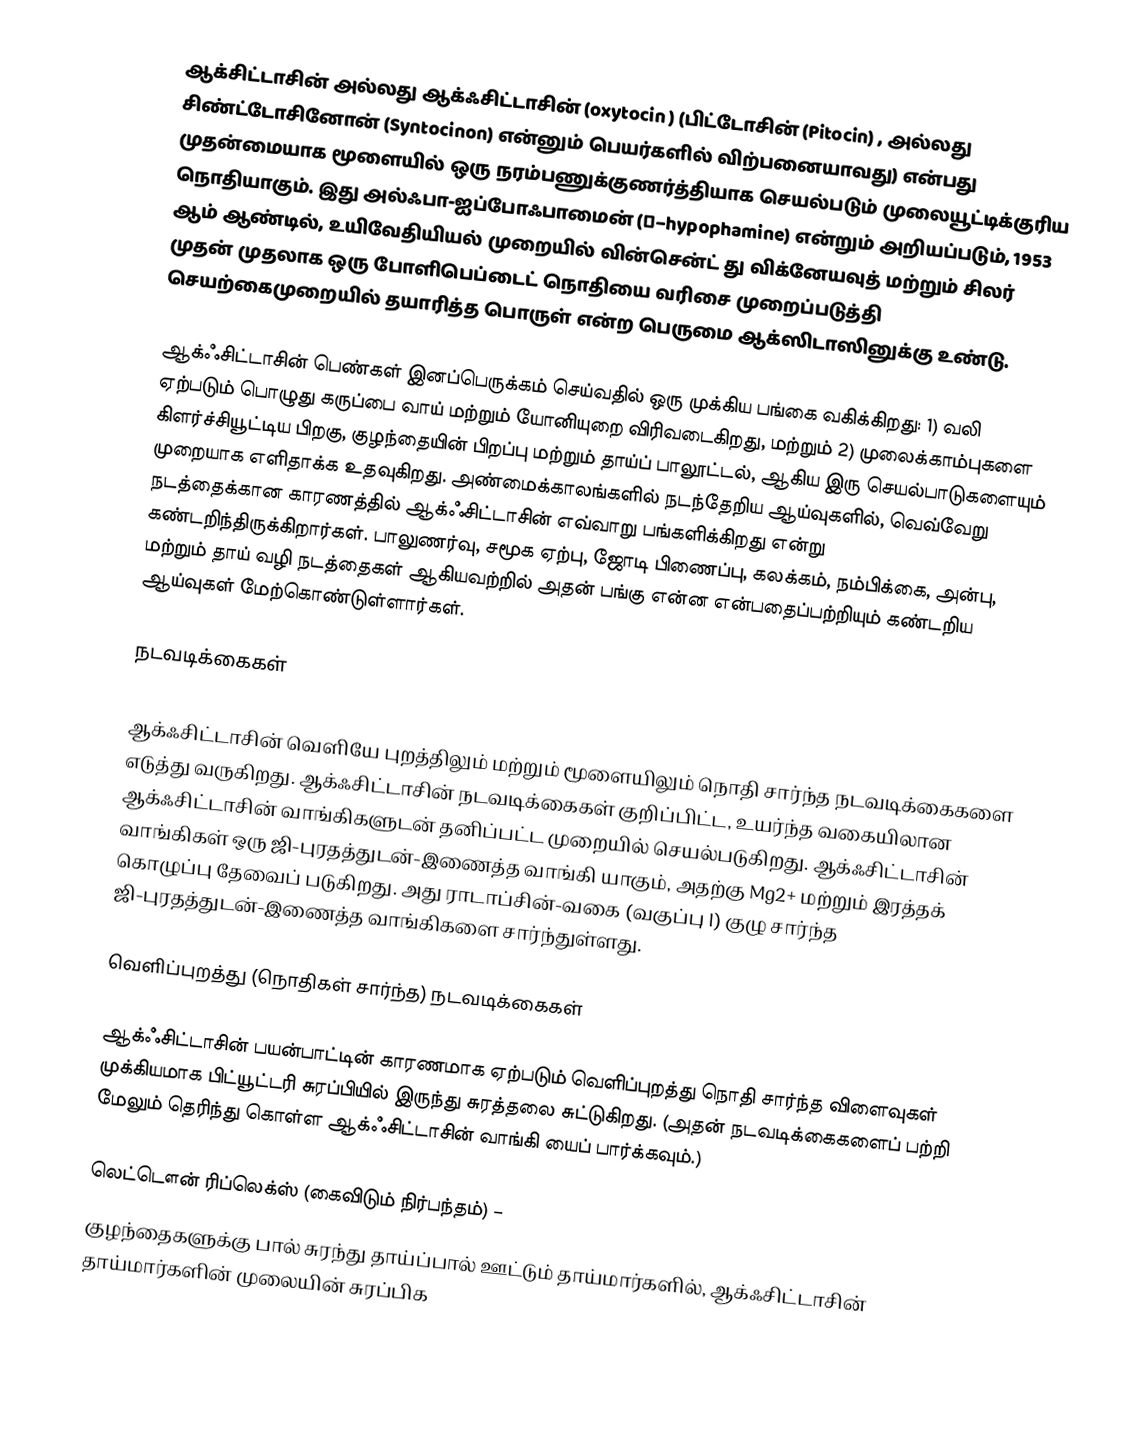
ஆக்சிட்டாசின்  அல்லது ஆக்ஃசிட்டாசின் (oxytocin ) (பிட்டோசின் (Pitocin) , அல்லது சிண்ட்டோசினோன் (Syntocinon)  என்னும் பெயர்களில் விற்பனையாவது) என்பது முதன்மையாக மூளையில் ஒரு நரம்பணுக்குணர்த்தியாக செயல்படும் முலையூட்டிக்குரிய நொதியாகும். இது அல்ஃபா-ஐப்போஃபாமைன் (α–hypophamine) என்றும் அறியப்படும், 1953 ஆம் ஆண்டில், உயிவேதியியல் முறையில் வின்சென்ட் து விக்னேயவுத் மற்றும் சிலர் முதன் முதலாக ஒரு போளிபெப்டைட் நொதியை வரிசை முறைப்படுத்தி செயற்கைமுறையில் தயாரித்த பொருள் என்ற பெருமை ஆக்ஸிடாஸினுக்கு உண்டு.

ஆக்ஃசிட்டாசின் பெண்கள் இனப்பெருக்கம் செய்வதில் ஒரு முக்கிய பங்கை வகிக்கிறது: 1) வலி ஏற்படும் பொழுது கருப்பை வாய் மற்றும்  யோனியுறை விரிவடைகிறது, மற்றும் 2) முலைக்காம்புகளை கிளர்ச்சியூட்டிய பிறகு, குழந்தையின் பிறப்பு மற்றும்  தாய்ப் பாலூட்டல், ஆகிய இரு செயல்பாடுகளையும் முறையாக எளிதாக்க உதவுகிறது. அண்மைக்காலங்களில் நடந்தேறிய ஆய்வுகளில், வெவ்வேறு நடத்தைக்கான காரணத்தில் ஆக்ஃசிட்டாசின் எவ்வாறு பங்களிக்கிறது என்று கண்டறிந்திருக்கிறார்கள்.  பாலுணர்வு, சமூக ஏற்பு, ஜோடி பிணைப்பு, கலக்கம், நம்பிக்கை, அன்பு, மற்றும் தாய் வழி நடத்தைகள் ஆகியவற்றில் அதன் பங்கு என்ன என்பதைப்பற்றியும் கண்டறிய ஆய்வுகள் மேற்கொண்டுள்ளார்கள்.

நடவடிக்கைகள்

ஆக்ஃசிட்டாசின் வெளியே புறத்திலும் மற்றும் மூளையிலும் நொதி சார்ந்த நடவடிக்கைகளை எடுத்து வருகிறது. ஆக்ஃசிட்டாசின் நடவடிக்கைகள் குறிப்பிட்ட, உயர்ந்த வகையிலான ஆக்ஃசிட்டாசின் வாங்கிகளுடன் தனிப்பட்ட முறையில் செயல்படுகிறது. ஆக்ஃசிட்டாசின் வாங்கிகள் ஒரு ஜி-புரதத்துடன்-இணைத்த வாங்கி யாகும், அதற்கு Mg2+ மற்றும் இரத்தக் கொழுப்பு தேவைப் படுகிறது. அது ராடாப்சின்-வகை (வகுப்பு I) குழு சார்ந்த ஜி-புரதத்துடன்-இணைத்த வாங்கிகளை சார்ந்துள்ளது.

வெளிப்புறத்து (நொதிகள் சார்ந்த) நடவடிக்கைகள்

ஆக்ஃசிட்டாசின் பயன்பாட்டின் காரணமாக ஏற்படும் வெளிப்புறத்து நொதி சார்ந்த விளைவுகள் முக்கியமாக பிட்யூட்டரி சுரப்பியில் இருந்து சுரத்தலை சுட்டுகிறது. (அதன் நடவடிக்கைகளைப் பற்றி மேலும் தெரிந்து கொள்ள  ஆக்ஃசிட்டாசின் வாங்கி யைப் பார்க்கவும்.)

 லெட்டௌன் ரிப்லெக்ஸ் (கைவிடும் நிர்பந்தம்) –
குழந்தைகளுக்கு பால் சுரந்து தாய்ப்பால் ஊட்டும் தாய்மார்களில், ஆக்ஃசிட்டாசின் தாய்மார்களின் முலையின் சுரப்பிக